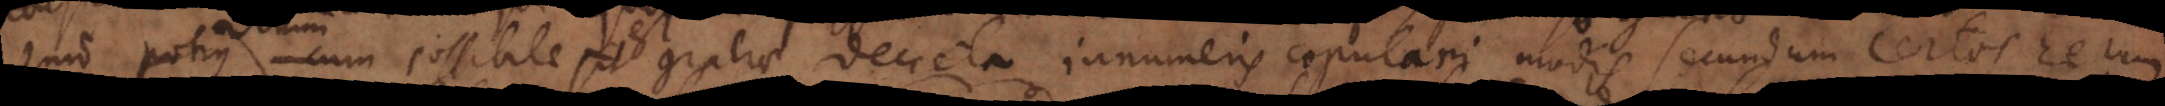
sit verum possibile est gratiae decreta innumeris copulari modis secundum certos rerum